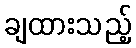
ချထားသည့်